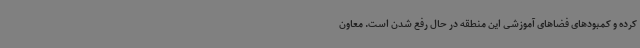
کرده و کمبودهای فضاهای آموزشی این منطقه در حال رفع شدن است. معاون